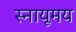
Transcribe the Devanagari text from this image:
स्नायूमय